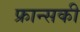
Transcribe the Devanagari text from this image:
फ्रान्सकी